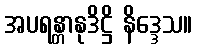
အပရန္တာနုဒိဋ္ဌိ နိဒ္ဒေသ။